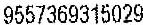
9557369315029